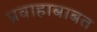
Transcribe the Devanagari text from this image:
प्रवाहाबाबत